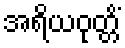
အရိယဝုတ္တိံ